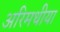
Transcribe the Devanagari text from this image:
अरिमथीया